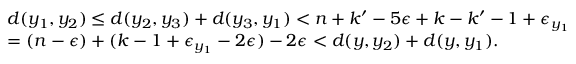
\begin{array} { r l } & { d ( y _ { 1 } , y _ { 2 } ) \leq d ( y _ { 2 } , y _ { 3 } ) + d ( y _ { 3 } , y _ { 1 } ) < n + k ^ { \prime } - 5 \epsilon + k - k ^ { \prime } - 1 + \epsilon _ { y _ { 1 } } } \\ & { = ( n - \epsilon ) + ( k - 1 + \epsilon _ { y _ { 1 } } - 2 \epsilon ) - 2 \epsilon < d ( y , y _ { 2 } ) + d ( y , y _ { 1 } ) . } \end{array}